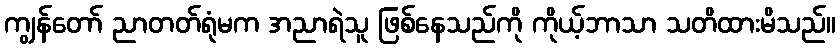
ကျွန်တော် ညာတတ်ရုံမက အညာရဲသူ ဖြစ်နေသည်ကို ကိုယ့်ဘာသာ သတိထားမိသည်။